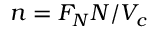
n = F _ { N } N / V _ { c }